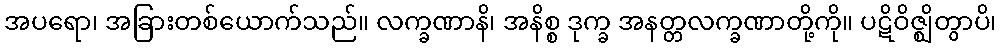
အပရော၊ အခြားတစ်ယောက်သည်။ လက္ခဏာနိ၊ အနိစ္စ ဒုက္ခ အနတ္တလက္ခဏာတို့ကို။ ပဋိဝိဇ္ဈိတွာပိ၊